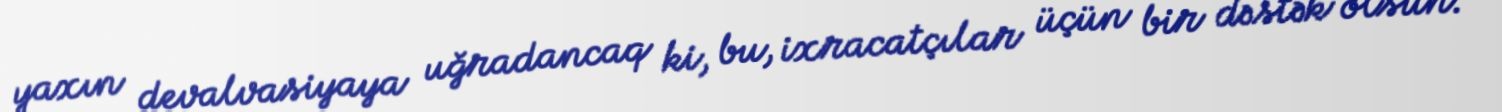
yaxın devalvasiyaya uğradancaq ki, bu, ixracatçılar üçün bir dəstək olsun.